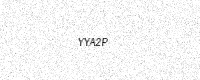
Text: YYA2P